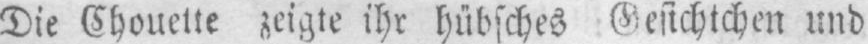
Die Chouette zeigte ihr hübsches Gesichtchen und